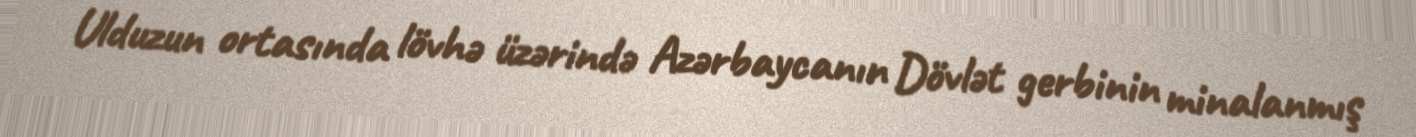
Ulduzun ortasında lövhə üzərində Azərbaycanın Dövlət gerbinin minalanmış